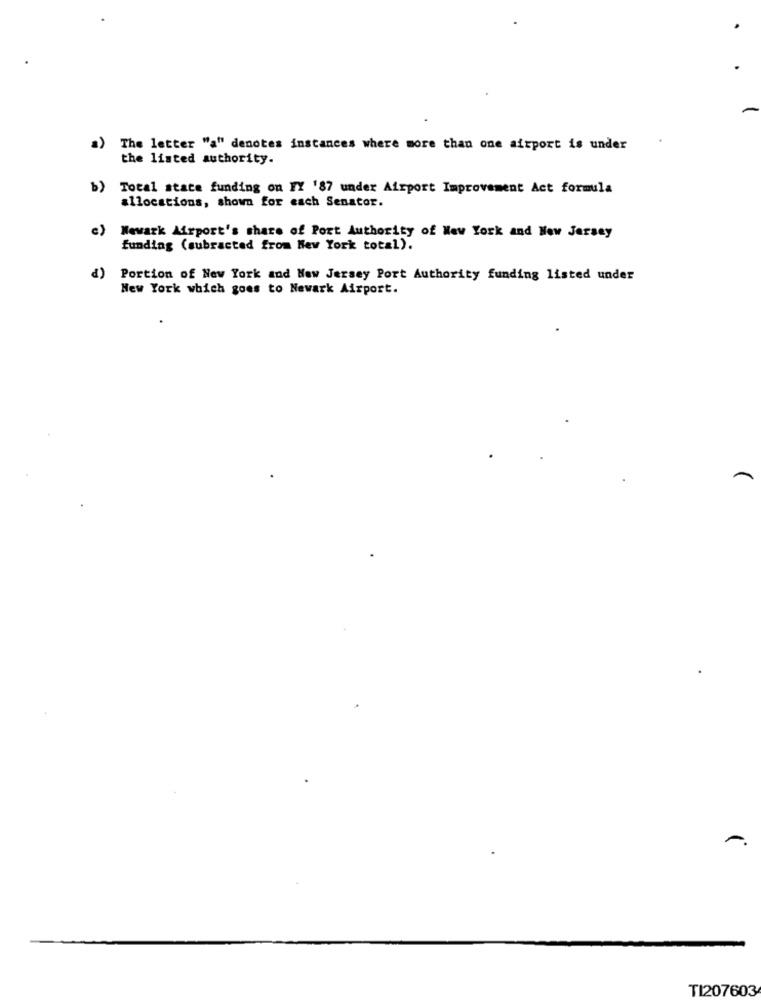
2)
The letter "a" denotes instances where more than one airport is under
the listed authority.
b)
Total state funding on FY '87 under Airport Improvement Act formula
allocations, shown for each Senator.
e)
Newark Airport's share of Port Authority of New York and New Jersey
funding (subracted from New York total).
d) Portion of New York and New Jersey Port Authority funding listed under
New York which goes to Newark Airport.
TI207603